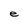
Character: e